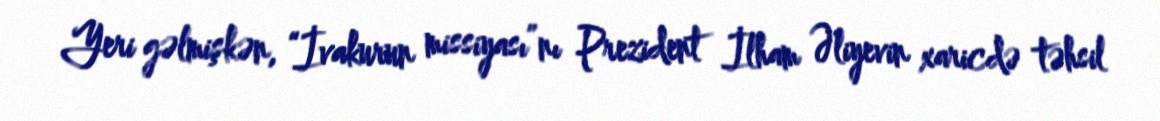
Yeri gəlmişkən, “İvakurun missiyası”nı Prezident İlham Əliyevin xaricdə təhsil